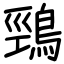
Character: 鵛